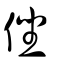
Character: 侳